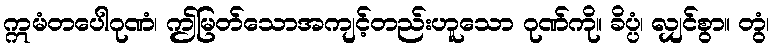
ဣမံတပေါဂုဏံ၊ ဤမြတ်သောအကျင့်တည်းဟူသော ဂုဏ်ကို။ ခိပ္ပံ၊ လျှင်စွာ။ တွံ၊